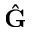
\hat { \bf G }